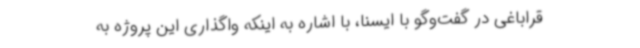
قراباغی در گفت‌وگو با ایسنا، با اشاره به اینکه واگذاری این پروژه به